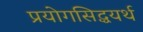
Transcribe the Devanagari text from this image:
प्रयोगसिद्धयर्थ